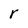
Character: r